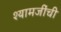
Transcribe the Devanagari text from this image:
श्यामजींची